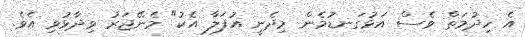
އެ ހިދުމަތް ވެސް އަޅުގަނޑުމެން މިދެނީ އުފަލާ އެކު" މެނޭޖަރު ވިދާޅުވި އެވެ.